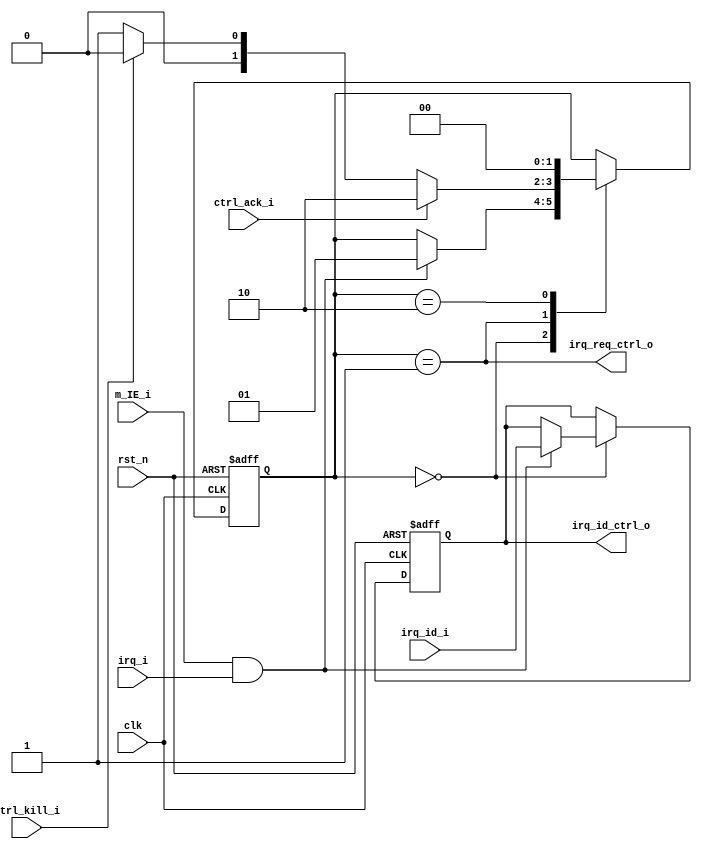
// Copyright lowRISC contributors.
// Copyright 2018 ETH Zurich and University of Bologna.
// Licensed under the Apache License, Version 2.0, see LICENSE for details.
// SPDX-License-Identifier: Apache-2.0

////////////////////////////////////////////////////////////////////////////////
//                                                                            //
// Additional contributions by:                                               //
//                                                                            //
// Design Name:    Interrupt Controller                                       //
// Project Name:   ibex                                                       //
// Language:       SystemVerilog                                              //
//                                                                            //
// Description:    Interrupt Controller of the pipelined processor            //
//                                                                            //
////////////////////////////////////////////////////////////////////////////////

module flexbex_ibex_int_controller (
	clk,
	rst_n,
	irq_req_ctrl_o,
	irq_id_ctrl_o,
	ctrl_ack_i,
	ctrl_kill_i,
	irq_i,
	irq_id_i,
	m_IE_i
);
	input wire clk;
	input wire rst_n;
	output wire irq_req_ctrl_o;
	output wire [4:0] irq_id_ctrl_o;
	input wire ctrl_ack_i;
	input wire ctrl_kill_i;
	input wire irq_i;
	input wire [4:0] irq_id_i;
	input wire m_IE_i;
	reg [1:0] exc_ctrl_ns;
	reg [1:0] exc_ctrl_cs;
	wire irq_enable_ext;
	reg [4:0] irq_id_d;
	reg [4:0] irq_id_q;
	assign irq_enable_ext = m_IE_i;
	assign irq_req_ctrl_o = exc_ctrl_cs == 2'd1;
	assign irq_id_ctrl_o = irq_id_q;
	always @(posedge clk or negedge rst_n)
		if (!rst_n) begin
			irq_id_q <= 1'sb0;
			exc_ctrl_cs <= 2'd0;
		end
		else begin
			irq_id_q <= irq_id_d;
			exc_ctrl_cs <= exc_ctrl_ns;
		end
	always @(*) begin
		irq_id_d = irq_id_q;
		exc_ctrl_ns = exc_ctrl_cs;
		case (exc_ctrl_cs)
			2'd0:
				if (irq_enable_ext && irq_i) begin
					exc_ctrl_ns = 2'd1;
					irq_id_d = irq_id_i;
				end
			2'd1:
				case (1'b1)
					ctrl_ack_i: exc_ctrl_ns = 2'd2;
					ctrl_kill_i: exc_ctrl_ns = 2'd0;
					default: exc_ctrl_ns = 2'd1;
				endcase
			2'd2: exc_ctrl_ns = 2'd0;
		endcase
	end
endmodule